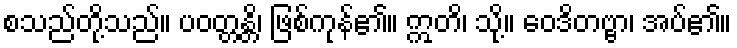
စသည်တို့သည်။ ပဝတ္တန္တိ၊ ဖြစ်ကုန်၏။ ဣတိ၊ သို့။ ဝေဒိတဗ္ဗာ၊ အပ်၏။